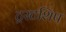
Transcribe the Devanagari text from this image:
ट्रस्टशिप